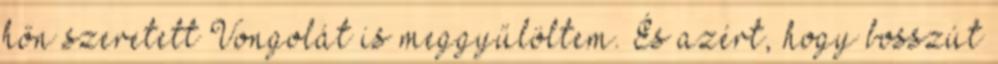
hőn szeretett Vongolát is meggyűlöltem. És azért, hogy bosszút